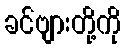
ခင်ဗျားတို့ကို